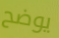
يوضح